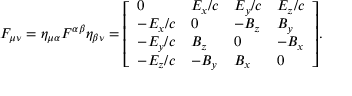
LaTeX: F _ { \mu \nu } = \eta _ { \mu \alpha } F ^ { \alpha \beta } \eta _ { \beta \nu } = { \left[ \begin{array} { l l l l } { 0 } & { E _ { x } / c } & { E _ { y } / c } & { E _ { z } / c } \\ { - E _ { x } / c } & { 0 } & { - B _ { z } } & { B _ { y } } \\ { - E _ { y } / c } & { B _ { z } } & { 0 } & { - B _ { x } } \\ { - E _ { z } / c } & { - B _ { y } } & { B _ { x } } & { 0 } \end{array} \right] } .